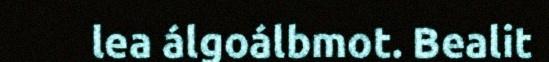
lea álgoálbmot. Bealit